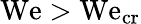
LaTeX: \mathrm{We}>\mathrm{We}_{\mathrm{cr}}